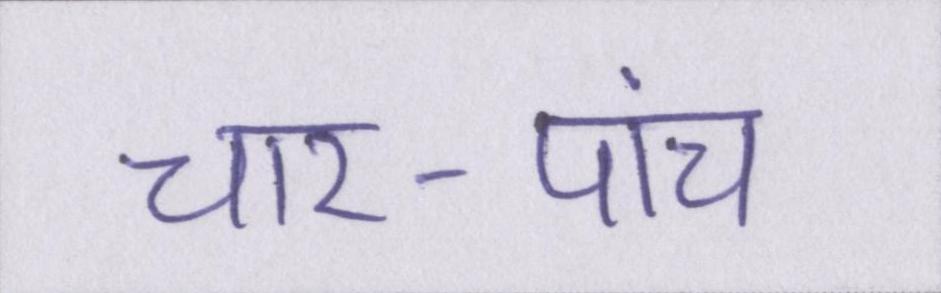
चार-पांच